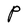
Character: P